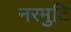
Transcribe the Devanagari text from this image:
नरमुटि